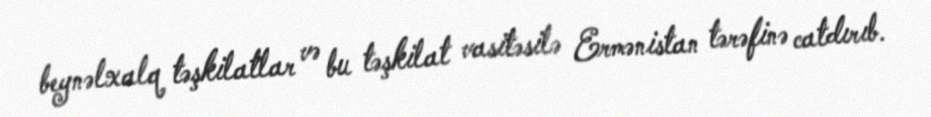
beynəlxalq təşkilatlar və bu təşkilat vasitəsilə Ermənistan tərəfinə catdırıb.